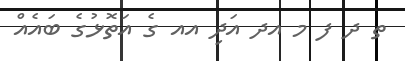
ތ ދ ފ މ އދ އަދި އއ ގެ އަތޮޅުގެ ބައެއް